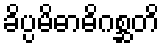
ခိပ္ပမိဓာဓိဂစ္ဆတိ